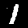
Label: 1